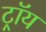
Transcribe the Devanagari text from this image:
ट्राॅय